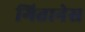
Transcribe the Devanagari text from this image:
गितानेस